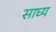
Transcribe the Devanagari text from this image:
साघ्य